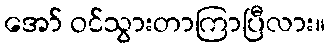
အော် ဝင်သွားတာကြာပြီလား။